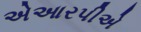
એઆરપીએ